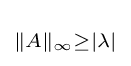
\scriptstyle \|A\|_{\infty }\geq |\lambda |